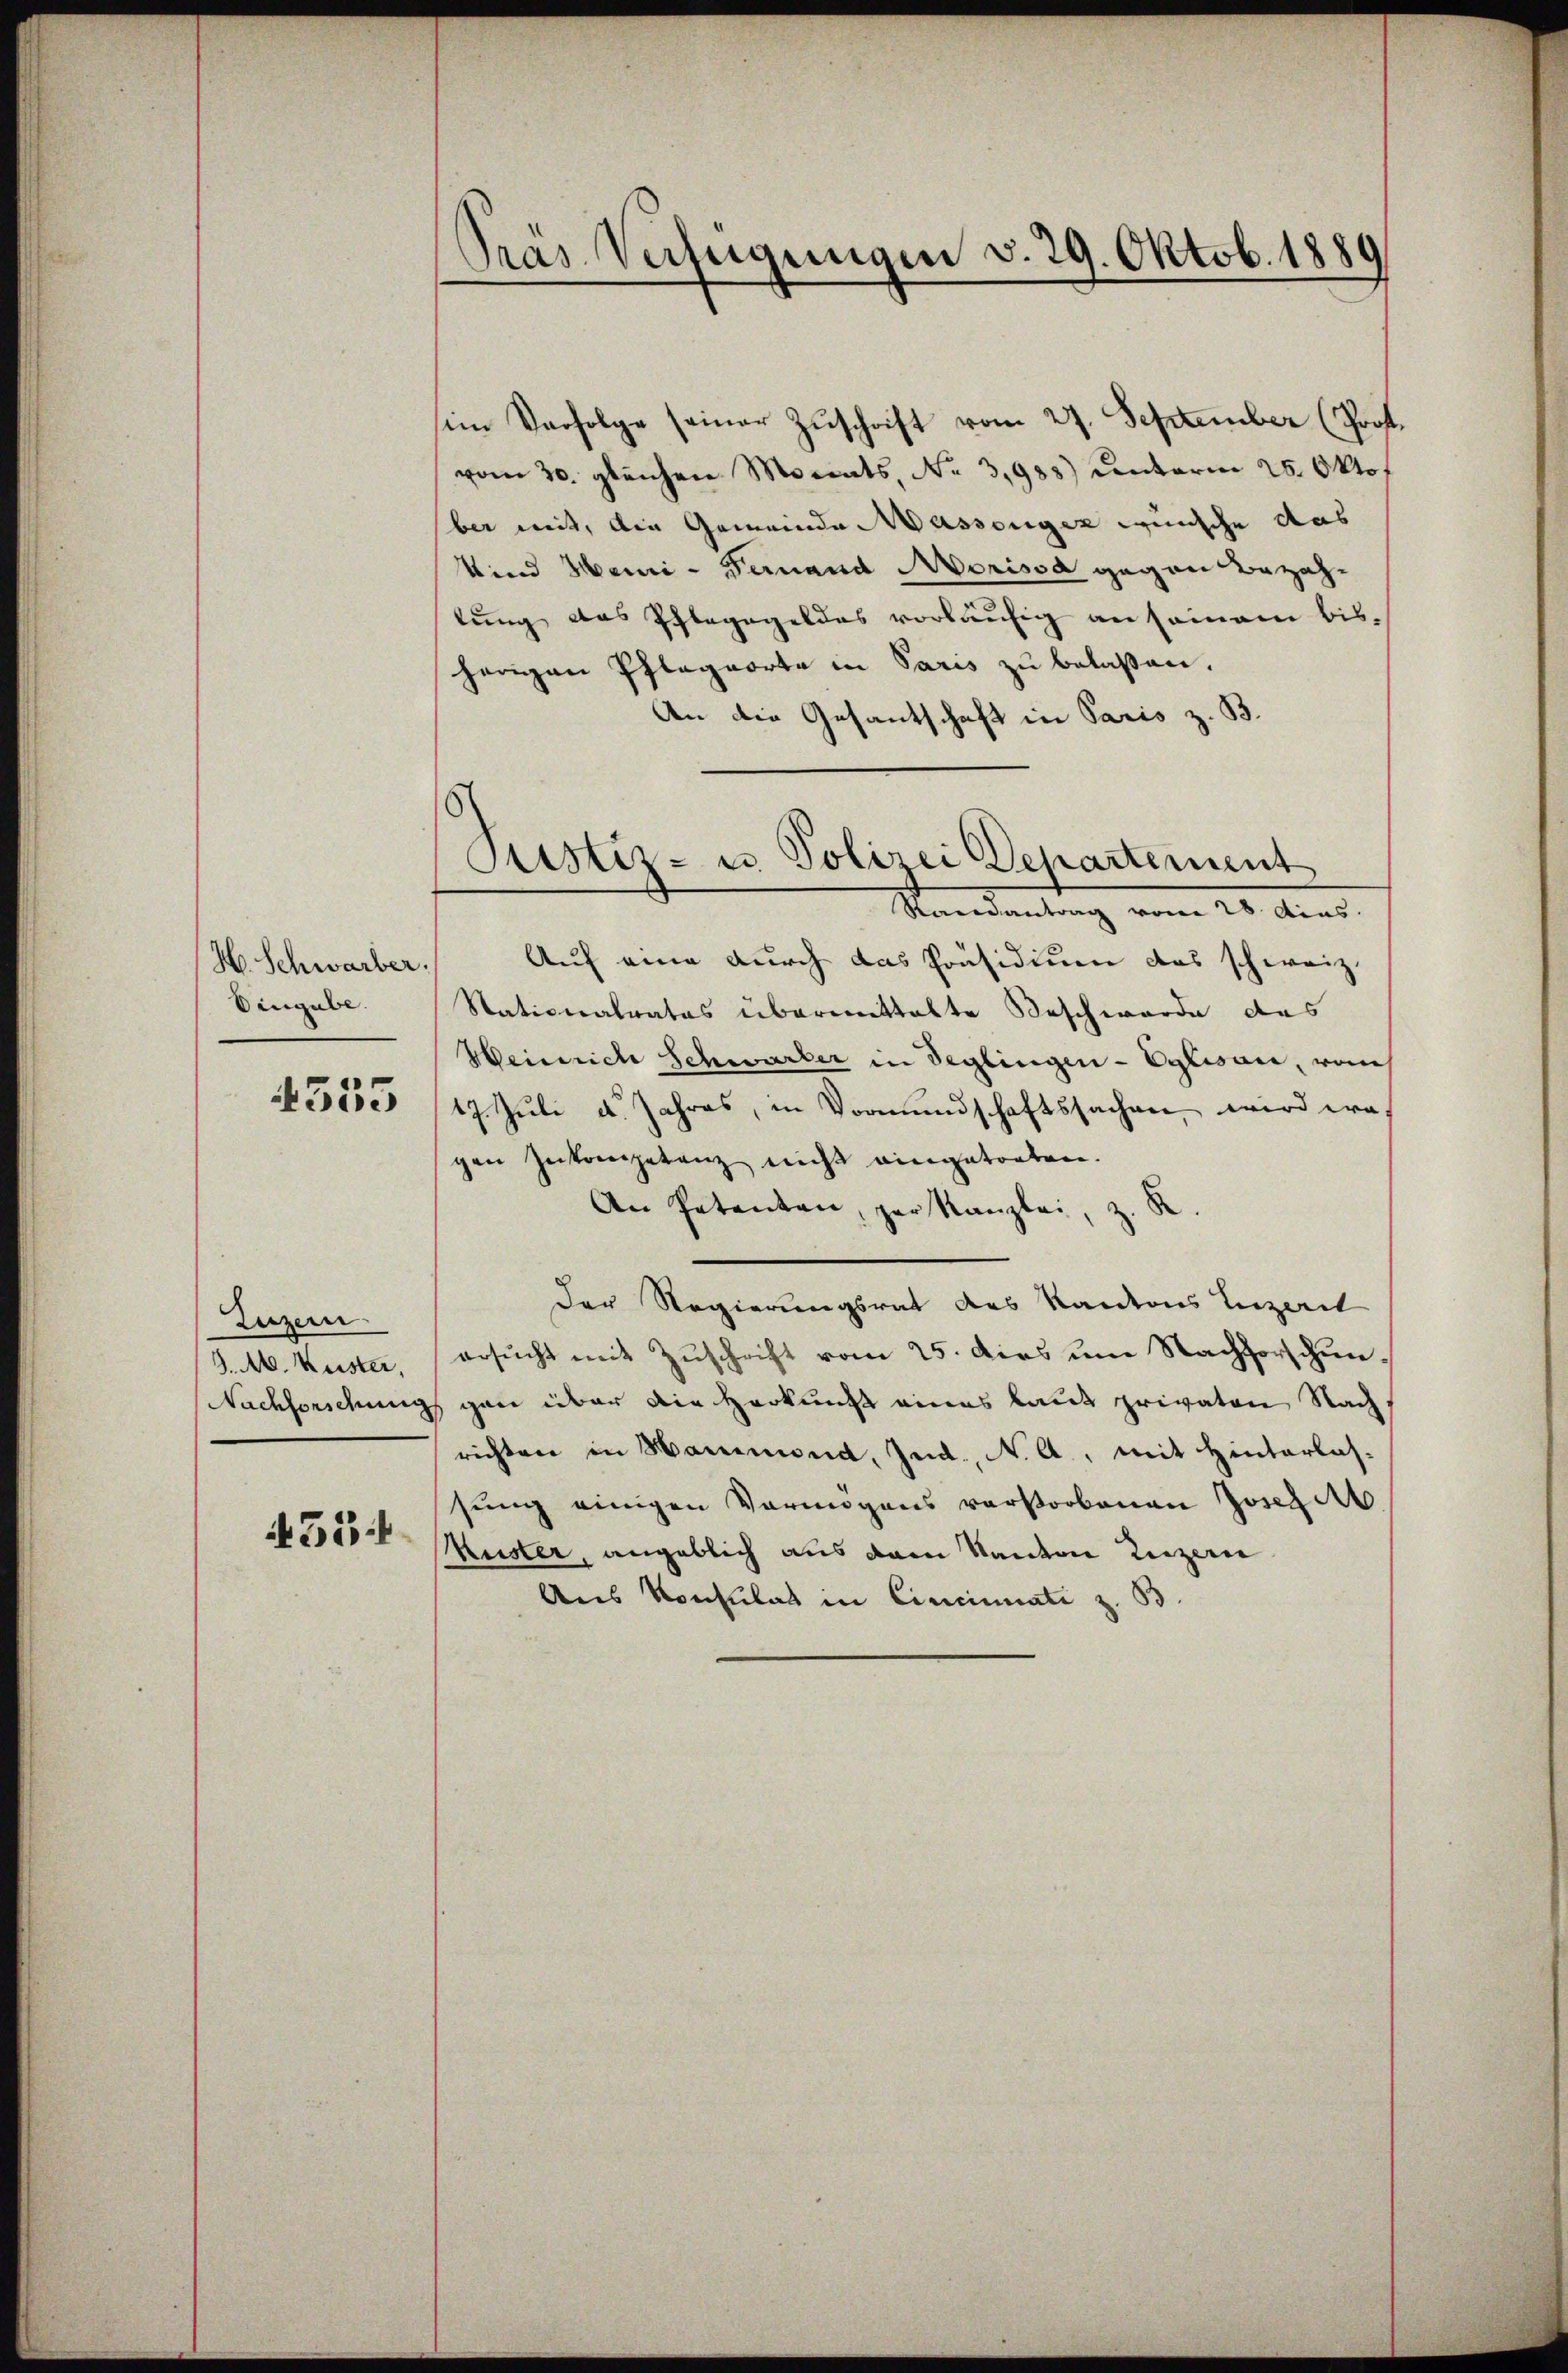
H. Schwarber.
Eingabe.

4555

Luzern
J. A. Kuster,

455:

Pras Verfügungen v. 29. Oktob. 1889

Sistiz- u. Polizei Departement

im Verfolge seiner Zuschrift vom 27. September (Prof.
vom 30. gleichen Monats, No 3,988) unterm 25. Oktob
ber mit, die Gemeinde Massenger wünsche das
Wind Manni - Fernand Morissa gegen Bezahtung das Pfleggeldes vorläufig an seinem bisherigen Pflagsorte in Paris zu belassen.
An die Gesantschaft in Paris z. B.
Randantrag vom 28. dies
Auf eine durch das Präsidium das schweiz.
Nationalrates übermittelte Beschwerde des
Weinrich Schwarter in Seglingen - Eglisau, vom
17. Juli d. Jahres, in Vormundschaftssachen, wird was
gen Zukompetenz nicht eingetreten.
.
An Petenten, der Kanzlei, z.
Der Regierungsrat des Kantons Luzerit
ersŭcht mit Zuschrift vom 25. dies um Nachforschun¬
Nachforschung gan über die Herkung eines laut privaten Nach
richten in Hammand, Ind., N. A., mit Hinterlas-
sung einigen Vermögens verstorbenen Josegart
Kuster, angeblich aus dem Kanton Luzern
Aus Konsulat in Cincinati z. B.